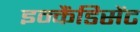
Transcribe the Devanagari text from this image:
इन्कैंडिसेंट